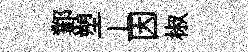
鄴塑丄因椒